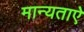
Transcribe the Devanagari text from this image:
मान्यताऐ